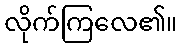
လိုက်ကြလေ၏။